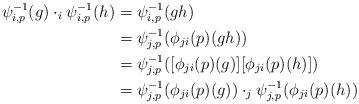
LaTeX: \begin{align*}\psi_{i,p}^{-1}(g)\cdot_i \psi_{i,p}^{-1}(h)&=\psi_{i,p}^{-1}(gh)\\&=\psi_{j,p}^{-1}(\phi_{ji}(p)(gh))\\&=\psi_{j,p}^{-1}([\phi_{ji}(p)(g)][\phi_{ji}(p)(h)])\\&=\psi_{j,p}^{-1}(\phi_{ji}(p)(g))\cdot_j\psi_{j,p}^{-1}(\phi_{ji}(p)(h))\end{align*}